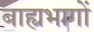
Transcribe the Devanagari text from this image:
बाह्यभागों